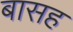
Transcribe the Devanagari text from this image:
बासह